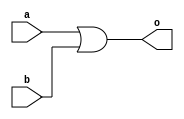
module OR(a,b,o);
  output o;
  input a,b;
  
  or o1(o,a,b);
endmodule
  
  module or_tb;
    reg x,y;
    wire z;
    OR o11(x,y,z);
    initial
      begin
         x=0; y=0;
     #50  x=0; y=1;
     #50  x=1; y=0;
     #50 x=1; y=1;
  end
  
  initial
   $monitor("Time:%d, Value of x = %b, Value of y = %o, Value of z = %b", $time,x,y,z);
    
endmodule